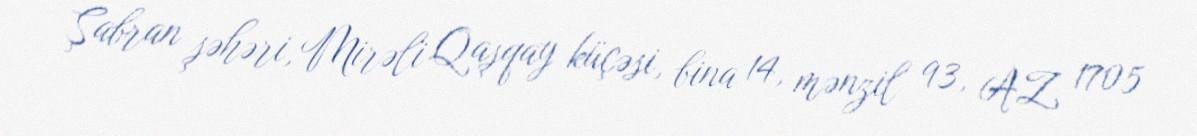
Şabran şəhəri, Mirəli Qaşqay küçəsi, bina 14, mənzil 93, AZ 1705